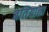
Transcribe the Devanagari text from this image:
बतियाता